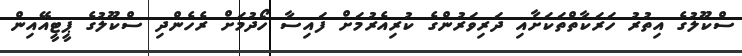
ސްކޫލުގެ އިތުރު ހަރަކާތްތަކަށާއި ދަރިވަރުންގެ ކުރިއެރުމަށް ފައިސާ ހޯދުމަށް ރެހެންދި ސްކޫލުގެ ޕީޓީއޭއިން